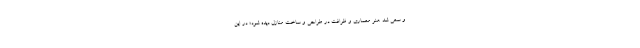
و سعی شد هنر معماری و ظرافت در طراحی و ساخت منازل دیده شود؛ در این